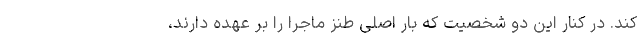
کند. در کنار این دو شخصیت که بار اصلی طنز ماجرا را بر عهده دارند،